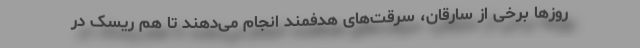
روزها برخی از سارقان، سرقت‌های هدفمند انجام می‌دهند تا هم ریسک در